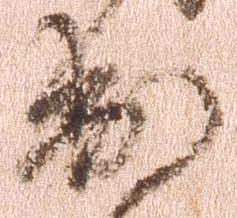
出